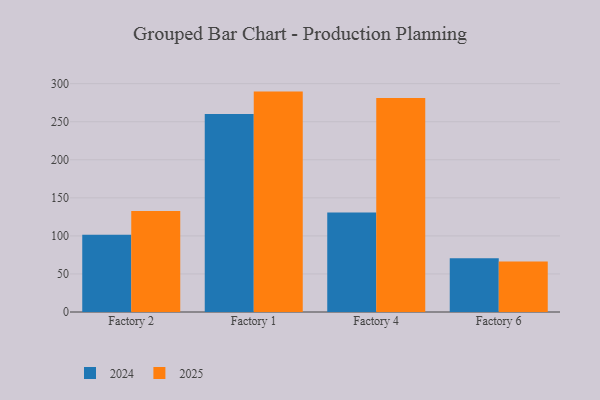
{"axis": {"x": "Factory", "y": "Satisfaction Score"}, "legend": ["2024", "2025"], "data": [{"x": "Factory 2", "y": 101.4, "type": "2024"}, {"x": "Factory 2", "y": 132.8, "type": "2025"}, {"x": "Factory 1", "y": 260.1, "type": "2024"}, {"x": "Factory 1", "y": 289.6, "type": "2025"}, {"x": "Factory 4", "y": 130.6, "type": "2024"}, {"x": "Factory 4", "y": 281.1, "type": "2025"}, {"x": "Factory 6", "y": 70.6, "type": "2024"}, {"x": "Factory 6", "y": 66.3, "type": "2025"}]}